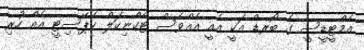
އެމްޓީޑީސީ ގެ ބޯރޑް އަކީ އެއީ އެއްވެސް ޓެކްނިކަލް ކެޕޭސިޓީ އެއް ހުރި